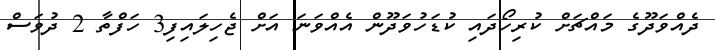
ދެއްވަދޫގެ މައްޗަށް ކުރިހޯދައި ކުޑަހުވަދޫން އެއްވަނަ އަށް ޖެހިލައިފި3 ހަފްތާ 2 ދުވަސް